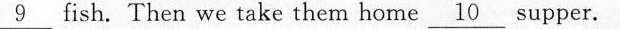
_9 fish. Then we take them home_ 10 supper.